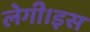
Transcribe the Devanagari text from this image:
लेगी।इस